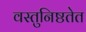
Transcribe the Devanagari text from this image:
वस्तुनिष्ठतेत